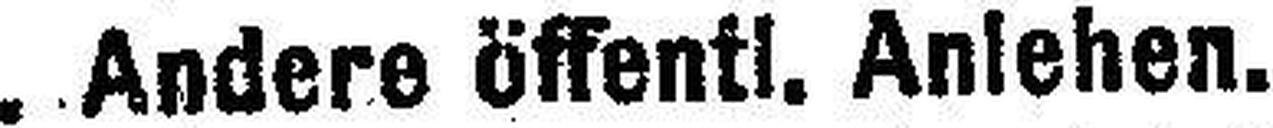
D. Andere öffentl. Anlehen.